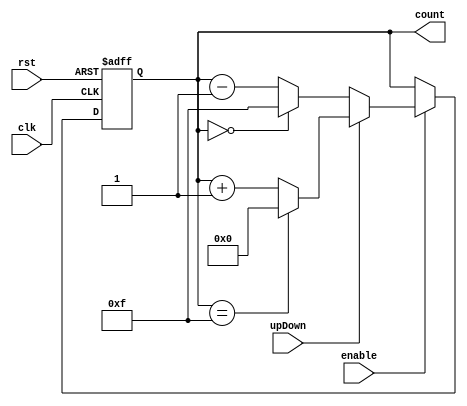
// 4-bit up/down counter
module Count4(
    input clk, 
    input rst, 
    input enable, 
    input upDown, 
    output reg [3:0] count
);

always @(posedge clk or posedge rst) begin
    if (rst) begin
        count <= 4'b0000; // Reset the counter
    end else if (enable) begin
        if (upDown) begin
            // Count up
            if (count == 4'b1111) // Check for wrap-around
                count <= 4'b0000;
            else
                count <= count + 1;
        end else begin
            // Count down
            if (count == 4'b0000) // Check for wrap-around
                count <= 4'b1111;
            else
                count <= count - 1;
        end
    end
    // When enable is 0, do nothing
end

endmodule // Count4